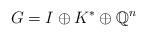
LaTeX: \begin{align*} G=I \oplus K^* \oplus \mathbb{Q}^n\end{align*}